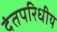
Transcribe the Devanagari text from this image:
दंतपरिधीय